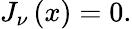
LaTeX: \begin{array}{r}{J_{\nu}\left(x\right)=0.}\end{array}